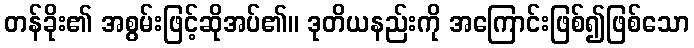
တန်ခိုး၏ အစွမ်းဖြင့်ဆိုအပ်၏။ ဒုတိယနည်းကို အကြောင်းဖြစ်၍ဖြစ်သော